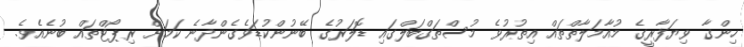
ހިންގާ ވިޔަފާރީގެ މުއާމަލާތްތައް އިތުރުވެ މުސްތަގްބަލްގައި ޑޮލަރުގެ ބޭނުންކުޑަވެގެންދާނެ ކަމަށް ރިޕޯޓްތައް ބުނެއެވެ.